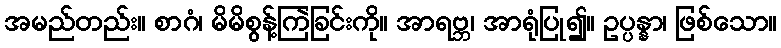
အမည်တည်း။ စာဂံ၊ မိမိစွန့်ကြဲခြင်းကို။ အာရဗ္ဘ၊ အာရုံပြု၍။ ဥပ္ပန္နာ၊ ဖြစ်သော။